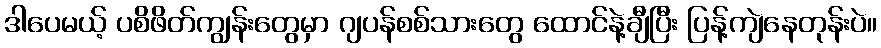
ဒါပေမယ့် ပစိဖိတ်ကျွန်းတွေမှာ ဂျပန်စစ်သားတွေ ထောင်နဲ့ချီပြီး ပြန့်ကျဲနေတုန်းပဲ။